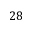
2 8